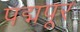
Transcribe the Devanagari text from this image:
पद्मपूर